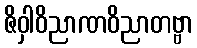
ဇိဝှါဝိညာဏဝိညာတဗ္ဗာ